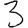
Digit: 3